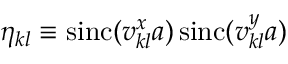
\eta _ { k l } \equiv \operatorname { s i n c } ( v _ { k l } ^ { x } a ) \operatorname { s i n c } ( v _ { k l } ^ { y } a )